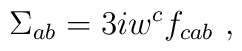
\Sigma_{ab} = 3 i w^{c}f_{cab}\ ,